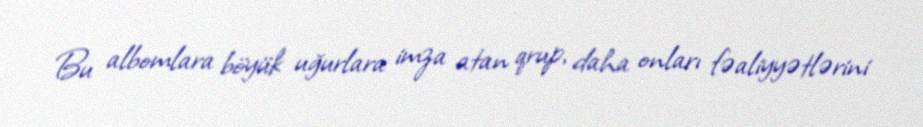
Bu albomlara böyük uğurlara imza atan qrup, daha onları fəaliyyətlərini